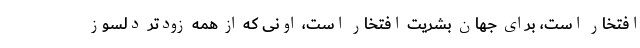
افتخار است، برای جهان بشریت افتخار است، اونی که از همه زودتر دلسوز